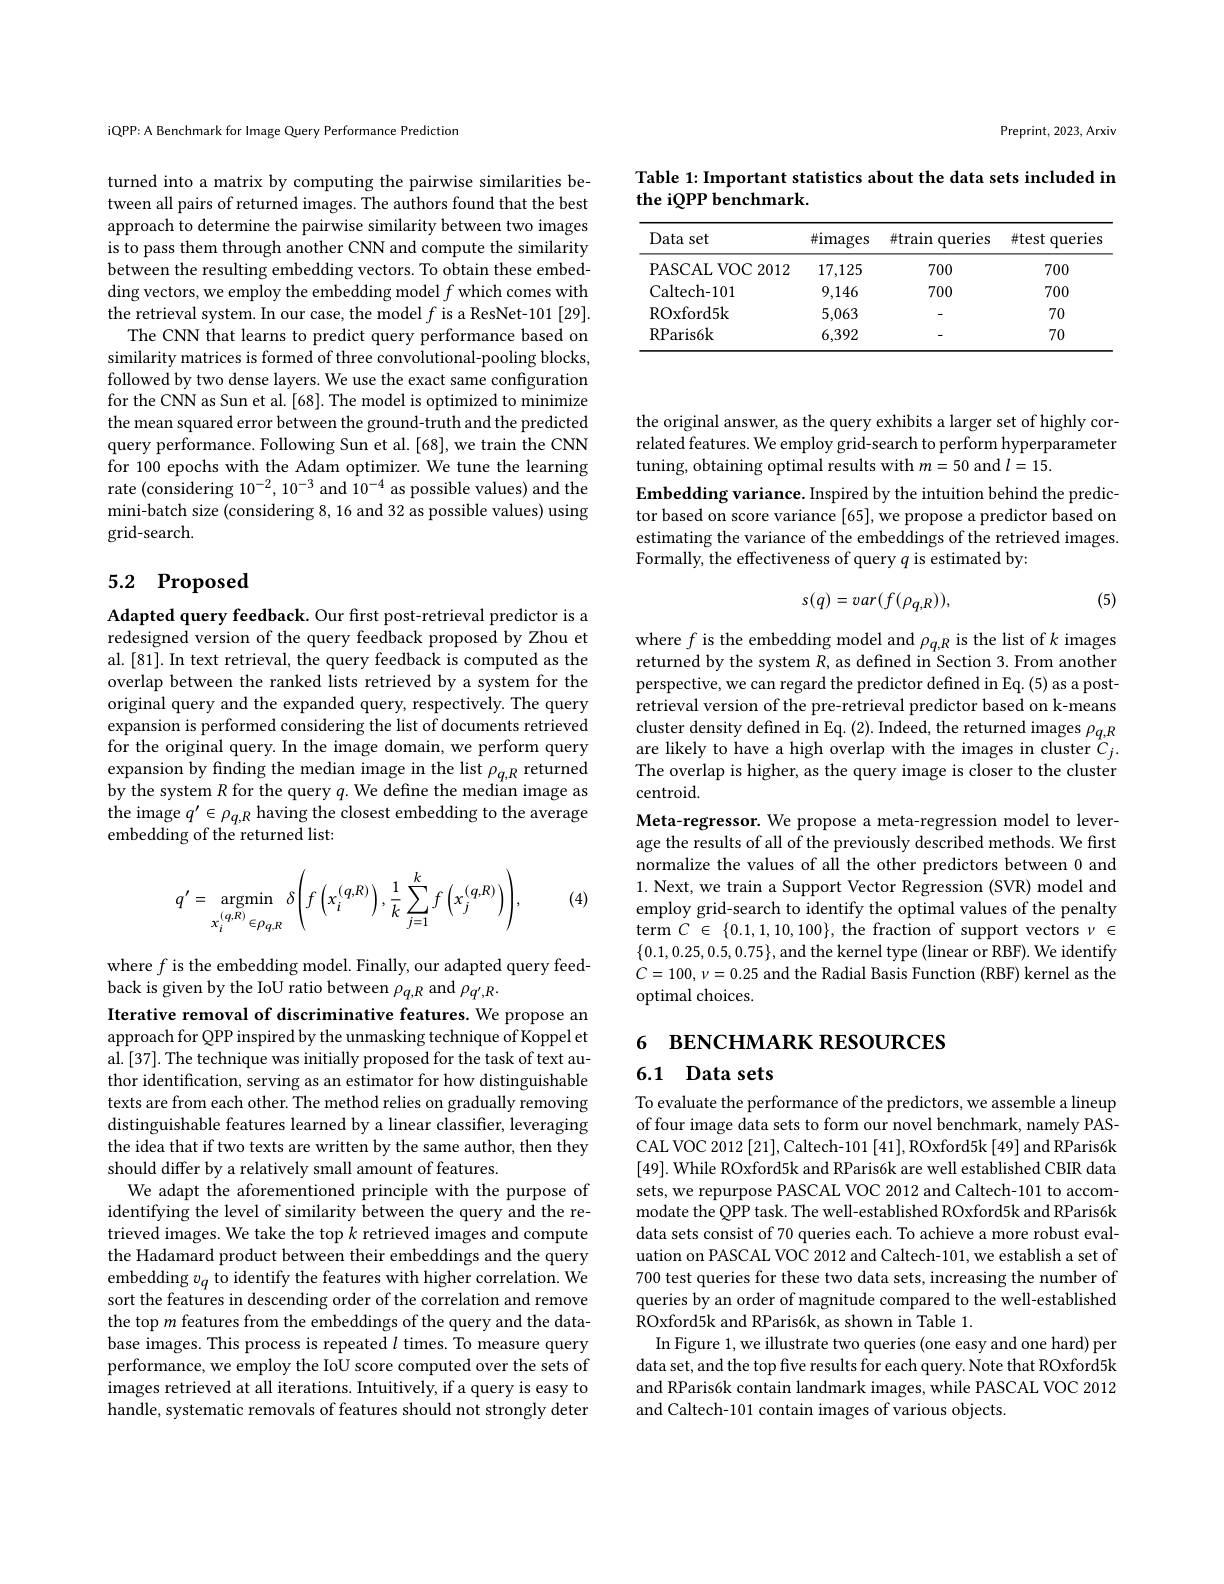
Preprint, 2023, Arxiv

Table 1: Important statistics about the data sets included in
the iQPP benchmark.

<table>
	<tbody>
		<tr>
			<th>Data set</th>
			<th>#images</th>
			<th>$\#$train querles</th>
			<th>$\#test$ queries</th>
		</tr>
		<tr>
			<td>PASCALVOC :2012</td>
			<td>17,125</td>
			<td>700</td>
			<td>700</td>
		</tr>
		<tr>
			<td>Caltech- 101</td>
			<td>9,146</td>
			<td>700</td>
			<td>700</td>
		</tr>
		<tr>
			<td>ROxford5k</td>
			<td>5,063</td>
			<td> </td>
			<td>70</td>
		</tr>
		<tr>
			<td>RParis6k</td>
			<td>6,392</td>
			<td> </td>
			<td>70</td>
		</tr>
	</tbody>
</table>

iQPP: A Benchmark for Image Query Performance Prediction

turned into a matrix by computing the pairwise similarities between all pairs of returned images. The authors found that the best approach to determine the pairwise similarity between two images is to pass them through another CNN and compute the similarity between the resulting embedding vectors. To obtain these embedding vectors, we employ the embedding model $f$ which comes with the retrieval system. In our case, the model $f$ is a ResNet-101[29].
The CNN that learns to predict query performance based on similarity matrices is formed of three convolutional-pooling blocks, followed by two dense layers. We use the exact same configuration for the CNN as Sun et al. [68]. The model is optimized to minimize the mean squared error between the ground-truth and the predicted query performance. Following Sun et al.[68], we train the CNN for 100 epochs with the Adam optimizer. We tune the learning rate (considering $10^{-2},10^{-3}$ and $\tilde{10^{-4}}$ as possible values) and the mini-batch size (considering 8, 16 and 32 as possible values) using grid-search.

## 5.2 Proposed

Adapted query feedback. Our first post-retrieval predictor is a redesigned version of the query feedback proposed by Zhou et al.[81]. In text retrieval, the query feedback is computed as the overlap between the ranked lists retrieved by a system for the original query and the expanded query, respectively. The query expansion is performed considering the list of documents retrieved for the original query. In the image domain, we perform query expansion by finding the median image in the list $\rho_{q,R}$ returned by the system $R$ for the query $q.$ We define the median image as the image $q^\prime\in\rho_{q,R}$ having the closest embedding to the average embedding of the returned list:

(4)
$$q'=\underset{x_i^{(q,R)}\in\rho_{q,R}}{\operatorname*{argmin}}\delta\Bigg(f\left(x_i^{(q,R)}\right),\frac{1}{k}\sum_{j=1}^{k}f\left(x_j^{(q,R)}\right)\Bigg),$$
where $f$ is the embedding model. Finally, our adapted query feed-
back is given by the IoU ratio between $\rho_{q,R}$ and $\rho_{q^{\prime},R}.$
Iterative removal of discriminative features. We propose an approach for QPP inspired by the unmasking technique of Koppel et al. [37]. The technique was initially proposed for the task of text author identification, serving as an estimator for how distinguishable texts are from each other. The method relies on gradually removing distinguishable features learned by a linear classifier, leveraging the idea that if two texts are written by the same author, then they should differ by a relatively small amount of features.
We adapt the aforementioned principle with the purpose of identifying the level of similarity between the query and the retrieved images. We take the top $k$ retrieved images and compute the Hadamard product between their embeddings and the query embedding $v_q$ to identify the features with higher correlation. We sort the features in descending order of the correlation and remove the top $m$ features from the embeddings of the query and the database images. This process is repeated $l$ times. To measure query performance, we employ the IoU score computed over the sets of images retrieved at all iterations. Intuitively, if a query is easy to handle, systematic removals of features should not strongly deter

the original answer, as the query exhibits a larger set of highly correlated features. We employ grid-search to perform hyperparameter tuning, obtaining optimal results with $m=50$ and $l=15.$
Embedding variance. Inspired by the intuition behind the predictor based on score variance [65], we propose a predictor based on estimating the variance of the embeddings of the retrieved images. Formally, the effectiveness of query $q$ is estimated by:

(5)
$$s(q)=var(f(\rho_{q,R})),$$
where $f$ is the embedding model and $\rho_q,R$ is the list of $k$ images returned by the system $R$, as defined in Section 3. From another perspective, we can regard the predictor defined in Eq. (5) as a postretrieval version of the pre-retrieval predictor based on k-means cluster density defined in Eq. ( 2) . Indeed, the returned images $\rho _{q, R}$ are likely to have a high overlap with the images in cluster $C_{j}.$ The overlap is higher, as the query image is closer to the cluster centroid.
Meta-regressor. We propose a meta-regression model to leverage the results of all of the previously described methods. We first normalize the values of all the other predictors between 0 and 1. Next, we train a Support Vector Regression (SVR) model and employ grid-search to identify the optimal values of the penalty term $C\in\{0.1,1,10,100\}$, the fraction of support vectors $\nu\in$ $\{ 0. 1, 0. 25, 0. 5, 0. 75\} $,and the kernel type$\left ( \text{linear or RBF}\right ) .$We identify $C= 100, \nu = 0. 25$ and the Radial Basis Function ( RBF) kernel as the optimal choices.

# 6 BENCHMARK RESOURCES

## 6.1 Data sets

To evaluate the performance of the predictors, we assemble a lineup of four image data sets to form our novel benchmark, namely PASCAL VOC 2012 [21], Caltech-101 [41], ROxford5k [49] and RParis6k [49]. While ROxford5k and RParis6k are well established CBIR data sets, we repurpose PASCAL VOC 2012 and Caltech-101 to accommodate the QPP task. The well-established ROxford5k and RParis6k data sets consist of 70 queries each. To achieve a more robust evaluation on PASCAL VOC 2012 and Caltech-101, we establish a set of 700 test queries for these two data sets, increasing the number of queries by an order of magnitude compared to the well-established ROxford5k and RParis6k, as shown in Table 1.
In Figure 1, we illustrate two queries (one easy and one hard) per data set, and the top five results for each query. Note that ROxford5k and RParis6k contain landmark images, while PASCAL VOC 2012 and Caltech-101 contain images of various objects.